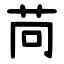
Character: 苘